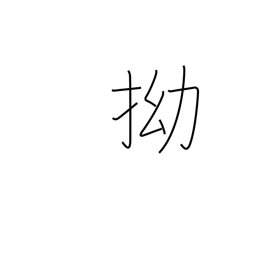
Meaning: crooked